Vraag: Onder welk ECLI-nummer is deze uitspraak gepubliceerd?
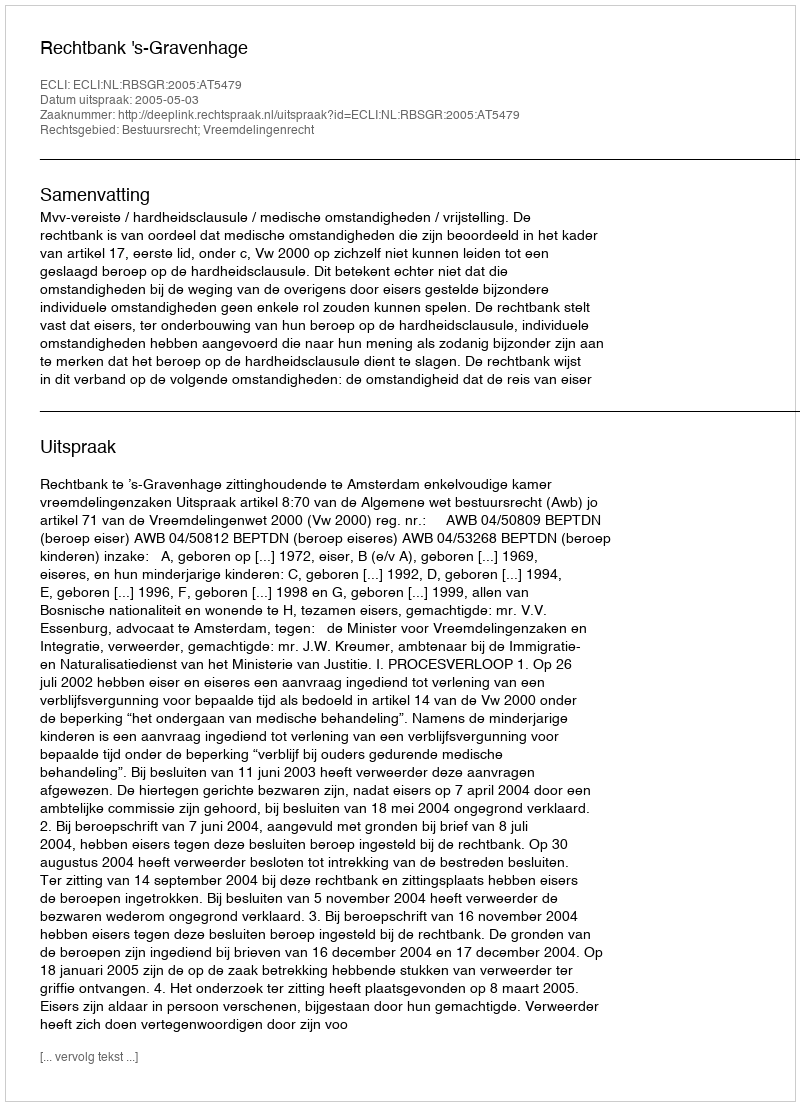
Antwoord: ECLI:NL:RBSGR:2005:AT5479